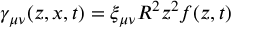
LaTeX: \gamma _ { \mu \nu } ( z , x , t ) = \xi _ { \mu \nu } R ^ { 2 } z ^ { 2 } f ( z , t )